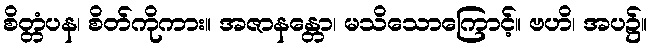
စိတ္တံပန၊ စိတ်ကိုကား။ အဇာနန္တော၊ မသိသောကြောင့်။ ဗဟိ၊ အပ၌။